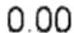
0.00